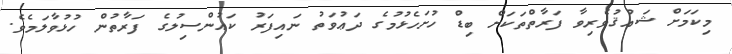
މިކަމަށް ޝައުޤުވެރިވާ ފަރާތްތަކަށް ބިޑް ހުށަހެޅުމުގެ ދަޢުވަތު ނައިފަރު ކައުންސިލުގެ ފަރާތުން ހުޅުވާލަމެވެ.